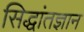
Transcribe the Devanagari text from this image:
सिद्धांतज्ञान